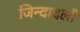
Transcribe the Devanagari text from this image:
जिन्दादली